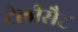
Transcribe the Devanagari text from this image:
टेलीसैट